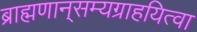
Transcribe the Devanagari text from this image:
ब्राह्मणान्‌सम्यग्राहयित्वा